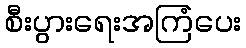
စီးပွားရေးအကြံပေး